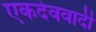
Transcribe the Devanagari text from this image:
एकदेववादी